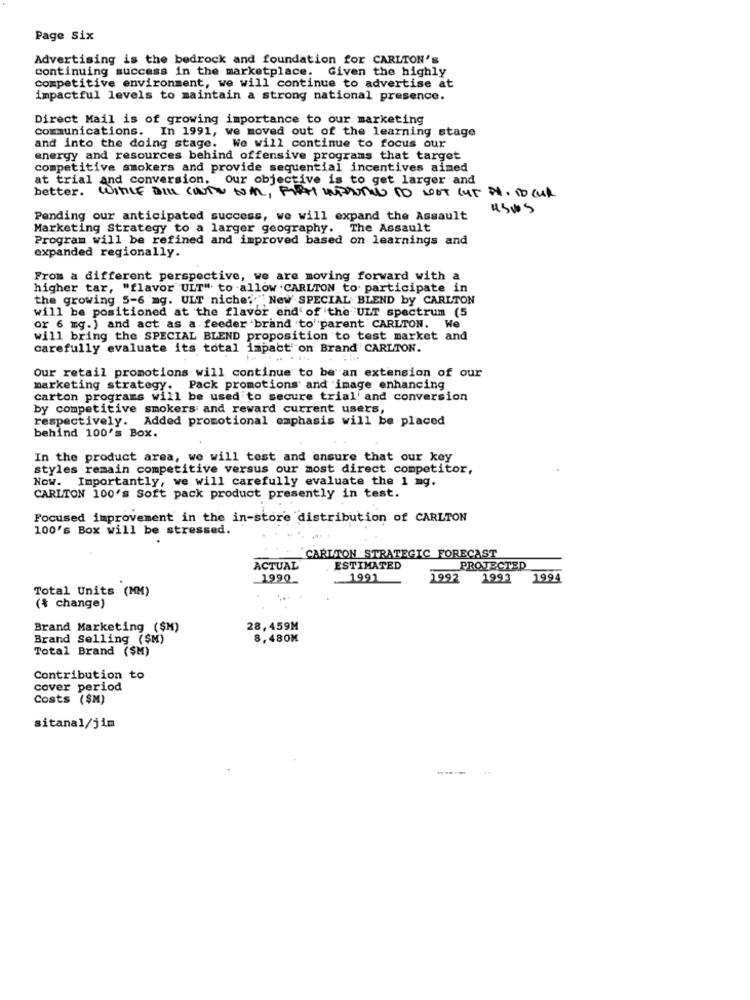
Page Six
Advertising is the bedrock and foundation for CARLTON's
continuing success in the marketplace. Given the highly
competitive environment, we will continue to advertise at
impactful levels to maintain a strong national presence.
Direct Mail is of growing importance to our marketing
communications. In 1991, we moved out of the learning stage
and into the doing stage. We will continue to focus our
energy and resources behind offensive programs that target
competitive smokers and provide sequential incentives aimed
at trial and conversion. our objective is to get larger and
better. WINLE DILL CONTO WAR, FIRM WARUMIN TO NOT GUT HA. TO CURL
uSus
Pending our anticipated success, we will expand the Assault
Marketing Strategy to a larger geography.
The Assault
Program will be refined and improved based on learnings and
expanded regionally.
From a different perspective, we are moving forward with a
higher tar, "flavor ULT" to allow . CARLTON to participate in
the growing 5-6 mg. ULT niche; " New SPECIAL BLEND by CARLTON
will be positioned at the flavor end of the ULT spectrum (5
or 6 mg.) and act as a feeder brand to"parent CARLTON. We
will bring the SPECIAL BLEND proposition to test market and
carefully evaluate its total impact on Brand CARLTON.
Our retail promotions will continue to be an extension of our
marketing strategy. Pack promotions and image enhancing
carton programs will be used to secure trial and conversion
by competitive smokers and reward current users,
respectively. Added promotional emphasis will be placed
behind 100's Box.
In the product area, we will test and ensure that our key
styles remain competitive versus our most direct competitor,
Now. Importantly, we will carefully evaluate the 1 mg.
CARLTON 100's Soft pack product presently in test.
Focused improvement in the in-store distribution of CARLTON
100's Box will be stressed.
CARLTON STRATEGIC FORECAST
ACTUAL
ESTIMATED
PROTECTED
1990
1991
1992
1992
1994
Total Units (MM)
($ change)
Brand Marketing ($H)
28,459M
Brand Selling ($M)
8,480M
Total Brand ($M)
Contribution to
cover period
Costs ($M)
sitanal/jim